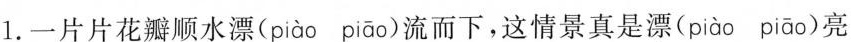
1.一片片花瓣顺水漂( piào piāo )流而下，这情景真是漂( piào piāo )亮